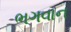
ભગવાન